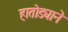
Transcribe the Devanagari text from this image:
हातोड्याने